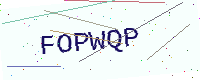
Text: FOPWQP